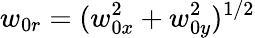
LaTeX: w_{0r}=(w_{0x}^{2}+w_{0y}^{2})^{1/2}